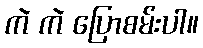
ကဲ ကဲ ပြောစမ်းပါ။